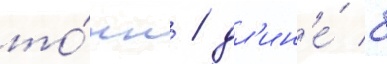
то́нн / дл'ин'е́ 8